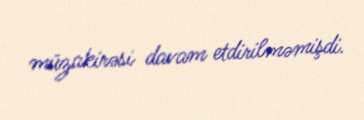
müzakirəsi davam etdirilməmişdi.